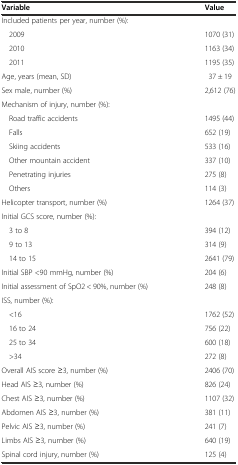
<table><thead><tr><td><b>Variable</b></td><td><b>Value</b></td></tr></thead><tbody><tr><td>Included patients per year, number (%):</td><td></td></tr><tr><td>2009</td><td>1070 (31)</td></tr><tr><td>2010</td><td>1163 (34)</td></tr><tr><td>2011</td><td>1195 (35)</td></tr><tr><td>Age, years (mean, SD)</td><td>37 ± 19</td></tr><tr><td>Sex male, number (%)</td><td>2,612 (76)</td></tr><tr><td>Mechanism of injury, number (%):</td><td></td></tr><tr><td>Road traffic accidents</td><td>1495 (44)</td></tr><tr><td>Falls</td><td>652 (19)</td></tr><tr><td>Skiing accidents</td><td>533 (16)</td></tr><tr><td>Other mountain accident</td><td>337 (10)</td></tr><tr><td>Penetrating injuries</td><td>275 (8)</td></tr><tr><td>Others</td><td>114 (3)</td></tr><tr><td>Helicopter transport, number (%)</td><td>1264 (37)</td></tr><tr><td>Initial GCS score, number (%):</td><td></td></tr><tr><td>3 to 8</td><td>394 (12)</td></tr><tr><td>9 to 13</td><td>314 (9)</td></tr><tr><td>14 to 15</td><td>2641 (79)</td></tr><tr><td>Initial SBP &lt;90 mmHg, number (%)</td><td>204 (6)</td></tr><tr><td>Initial assessment of SpO2 &lt; 90%, number (%)</td><td>248 (8)</td></tr><tr><td>ISS, number (%):</td><td></td></tr><tr><td>&lt;16</td><td>1762 (52)</td></tr><tr><td>16 to 24</td><td>756 (22)</td></tr><tr><td>25 to 34</td><td>600 (18)</td></tr><tr><td>&gt;34</td><td>272 (8)</td></tr><tr><td>Overall AIS score ≥3, number (%)</td><td>2406 (70)</td></tr><tr><td>Head AIS ≥3, number (%)</td><td>826 (24)</td></tr><tr><td>Chest AIS ≥3, number (%)</td><td>1107 (32)</td></tr><tr><td>Abdomen AIS ≥3, number (%)</td><td>381 (11)</td></tr><tr><td>Pelvic AIS ≥3, number (%)</td><td>241 (7)</td></tr><tr><td>Limbs AIS ≥3, number (%)</td><td>640 (19)</td></tr><tr><td>Spinal cord injury, number (%)</td><td>125 (4)</td></tr></tbody></table>